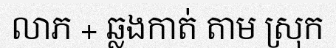
លាភ + ឆ្លងកាត់ តាម ស្រុក